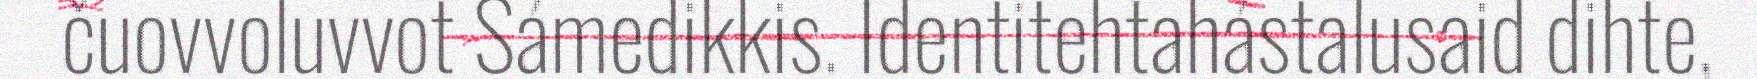
čuovvoluvvot Sámedikkis. Identitehtahástalusaid dihte,